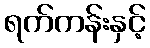
ရက်ကန်းနှင့်